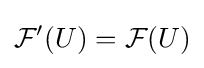
{\mathcal {F}}'(U)={\mathcal {F}}(U)